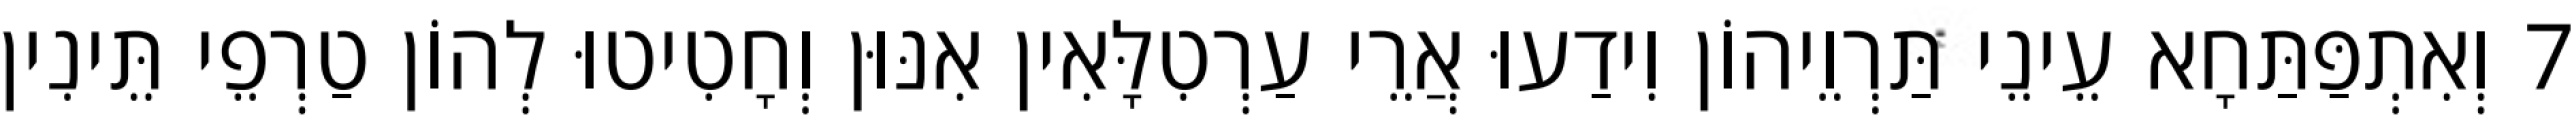
7 וְאִתְפַּתַּחָא עֵינֵי תַּרְוֵיהוֹן וִידַעוּ אֲרֵי עַרְטִלָּאִין אִנּוּן וְחָטִיטוּ לְהוֹן טַרְפֵי תֵּינִין